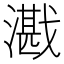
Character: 𪭕